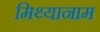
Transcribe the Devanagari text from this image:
मिथ्यानाम